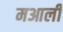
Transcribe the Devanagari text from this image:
मआली